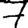
Digit: 7